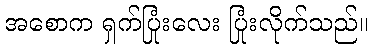
အစောက ရှက်ပြုံးလေး ပြုံးလိုက်သည်။